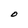
Character: O